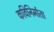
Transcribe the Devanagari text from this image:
कविनिर्माता